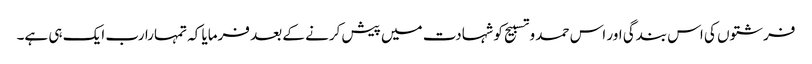
فرشتوں کی اس بندگی اور اس حمد و تسبیح کو شہادت میں پیش کرنے کے بعد فرمایا کہ تمہارا رب ایک ہی ہے۔